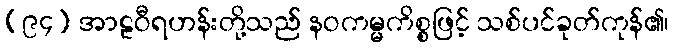
(၉၄) အာဠဝီရဟန်းတို့သည် နဝကမ္မကိစ္စဖြင့် သစ်ပင်ခုတ်ကုန်၏၊